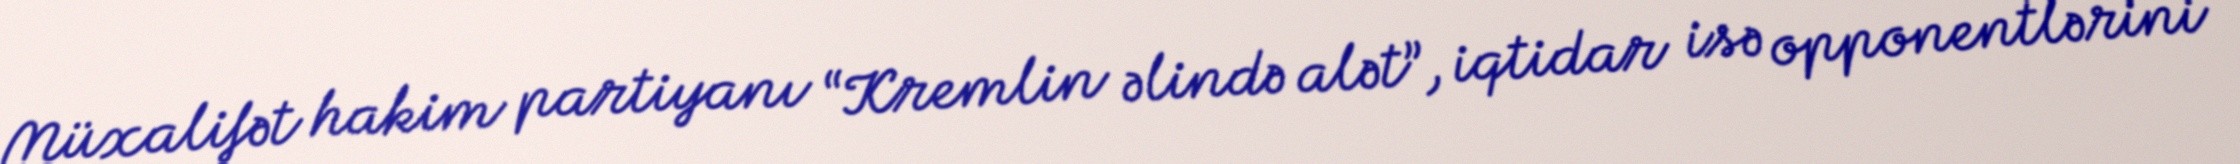
Müxalifət hakim partiyanı “Kremlin əlində alət”, iqtidar isə opponentlərini